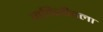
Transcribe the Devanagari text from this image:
गतिशीतला